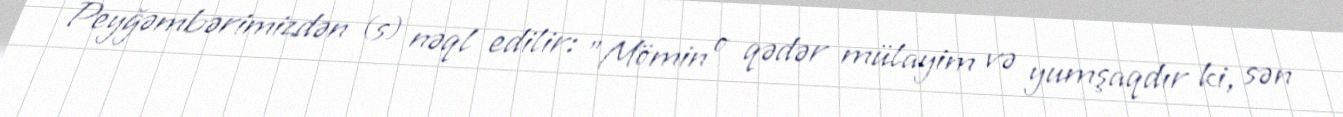
Peyğəmbərimizdən (s) nəql edilir: "Mömin o qədər mülayim və yumşaqdır ki, sən